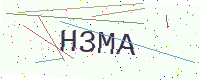
Text: H3MA